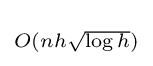
\scriptstyle O(nh{\sqrt {\log h}})